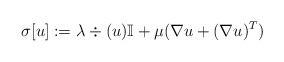
\begin{align*}\sigma[u]:= \lambda \div( u) \mathbb{I}+ \mu (\nabla u + (\nabla u)^T)\end{align*}